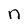
Character: n